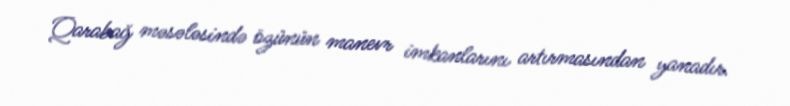
Qarabağ məsələsində özünün manevr imkanlarını artırmasından yanadır.